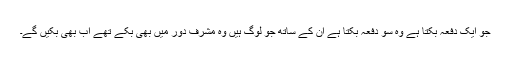
جو ایک دفعہ بکتا ہے وہ سو دفعہ بکتا ہے ان کے ساتھ جو لوگ ہیں وہ مشرف دور میں بھی بکے تھے اب بھی بکیں گے۔